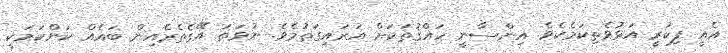
އެއީ ފިކުރީ އަޅުވެތިކަމެކެވެ. އިންސާނީ ހައްޤުތަކަށް އަރައިގަތުމެވެ. ނުވަތަ އޭގެތެރެއިން ބައެއް ކަންކަމަކީ